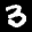
Label: 3